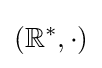
\left(\mathbb {R} ^{*},\cdot \right)